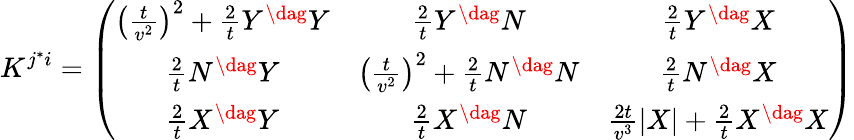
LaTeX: K^{j^{*}i}=\left(\begin{array}{ccc}{{\left(\frac{t}{v^{2}}\right)^{2}+\frac{2}{t}Y^{\dag}Y}}&{{\frac{2}{t}Y^{\dag}N}}&{{\frac{2}{t}Y^{\dag}X}}\\ {{\frac{2}{t}N^{\dag}Y}}&{{\left(\frac{t}{v^{2}}\right)^{2}+\frac{2}{t}N^{\dag}N}}&{{\frac{2}{t}N^{\dag}X}}\\ {{\frac{2}{t}X^{\dag}Y}}&{{\frac{2}{t}X^{\dag}N}}&{{\frac{2t}{v^{3}}|X|+\frac{2}{t}X^{\dag}X}}\end{array}\right)